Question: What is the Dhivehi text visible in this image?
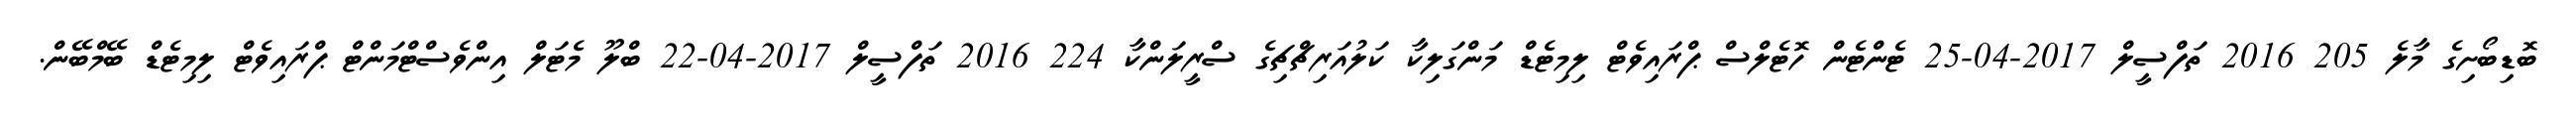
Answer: ބޮޑިބޯށިގެ މާލެ 205 2016 ތަފްސީލް 2017-04-25 ޓެންޓެން ހޮޓެލްސް ޕްރައިވެޓް ލިމިޓެޑް މަންގަލިކާ ކަލުއަރިޗްޗިގެ ސްރީލަންކާ 224 2016 ތަފްސީލް 2017-04-22 ބްލޫ މެޓަލް އިންވެސްޓްމަންޓް ޕްރައިވެޓް ލިމިޓެޑް ބޭމްބޭން.